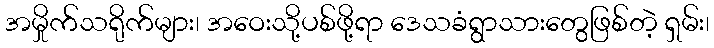
အမှိုက်သရိုက်များ၊ အဝေးသို့ပစ်ဖို့ရာ ဒေသခံရွာသားတွေဖြစ်တဲ့ ရှမ်း၊